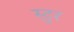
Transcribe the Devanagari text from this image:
स्टुर